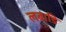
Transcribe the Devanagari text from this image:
लबाडि